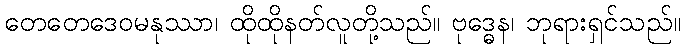
တေတေဒေဝမနုဿာ၊ ထိုထိုနတ်လူတို့သည်။ ဗုဒ္ဓေန၊ ဘုရားရှင်သည်။